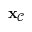
\mathbf { x } _ { \mathcal { C } }